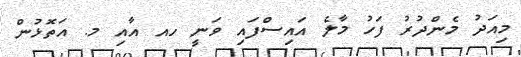
މިއަދު މެންދުރު ފަހު މާލެ އައިސްފައި ވަނީ ހއ އާއި މ. އަތޮޅުން